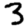
Digit: 3